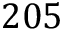
2 0 5